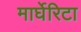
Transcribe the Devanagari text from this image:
मार्घेरिटा